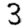
Digit: 3